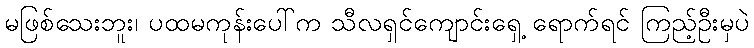
မဖြစ်သေးဘူး၊ ပထမကုန်းပေါ်က သီလရှင်ကျောင်းရှေ့ ရောက်ရင် ကြည့်ဦးမှပဲ